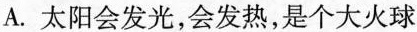
A.太阳会发光，会发热，是个大火球